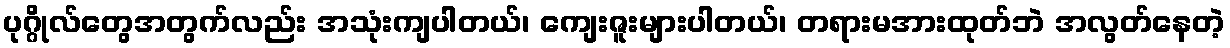
ပုဂ္ဂိုလ်တွေအတွက်လည်း အသုံးကျပါတယ်၊ ကျေးဇူးများပါတယ်၊ တရားမအားထုတ်ဘဲ အလွတ်နေတဲ့